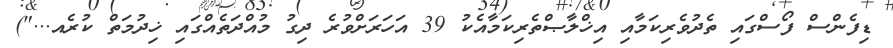
ޑިފެންސް ފޯސްގައި ތެދުވެރިކަމާއި އިޚްލާޞްތެރިކަމާއެކު 39 އަހަރަށްވުރެ ދިގު މުއްދަތެއްގައި ޚިދުމަތް ކުރެއ...")